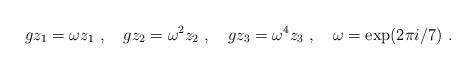
LaTeX: \begin{align*}gz_1=\omega z_1~,~~~gz_2=\omega^2 z_2~,~~~g z_3=\omega^4 z_3~, ~~~ \omega=\exp(2\pi i/7)~.\end{align*}